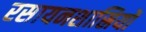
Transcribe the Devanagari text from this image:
रसायनशास्रियों